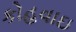
કોહવાઇ